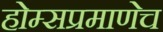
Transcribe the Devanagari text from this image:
होम्सप्रमाणेच